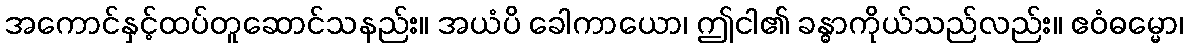
အကောင်နှင့်ထပ်တူဆောင်သနည်း။ အယံပိ ခေါကာယော၊ ဤငါ၏ ခန္ဓာကိုယ်သည်လည်း။ ဧဝံဓမ္မော၊